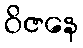
ဝိဇနေ